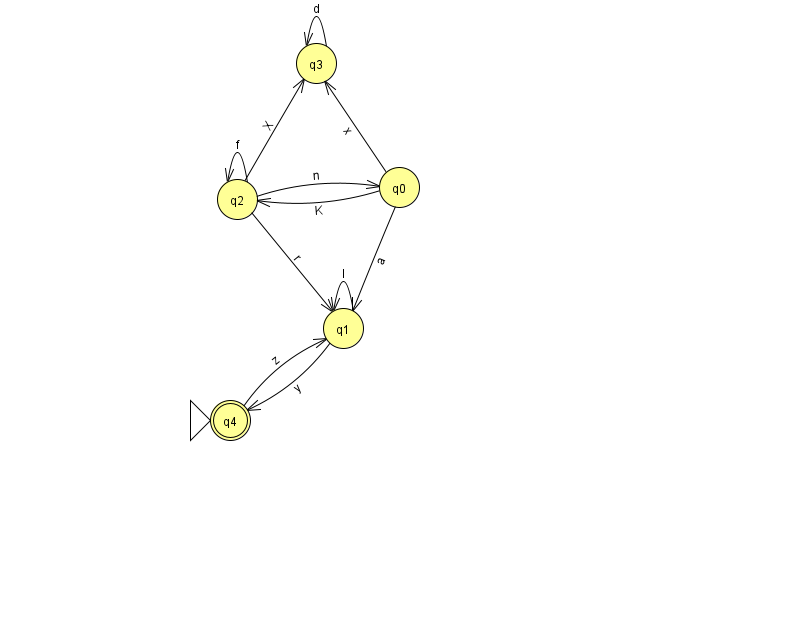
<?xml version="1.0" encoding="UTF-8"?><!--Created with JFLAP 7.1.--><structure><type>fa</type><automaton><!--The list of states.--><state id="0" name="q0"><x>399.0</x><y>174.0</y></state><state id="1" name="q1"><x>343.0</x><y>315.0</y></state><state id="2" name="q2"><x>237.0</x><y>186.0</y></state><state id="3" name="q3"><x>316.0</x><y>50.0</y></state><state id="4" name="q4"><x>230.0</x><y>407.0</y><initial/><final/></state><!--The list of transitions.--><transition><from>0</from><to>2</to><read>K</read></transition><transition><from>0</from><to>3</to><read>x</read></transition><transition><from>2</from><to>1</to><read>r</read></transition><transition><from>3</from><to>3</to><read>d</read></transition><transition><from>1</from><to>4</to><read>y</read></transition><transition><from>2</from><to>0</to><read>n</read></transition><transition><from>2</from><to>2</to><read>f</read></transition><transition><from>4</from><to>1</to><read>z</read></transition><transition><from>0</from><to>1</to><read>a</read></transition><transition><from>1</from><to>1</to><read>I</read></transition><transition><from>2</from><to>3</to><read>X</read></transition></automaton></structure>